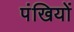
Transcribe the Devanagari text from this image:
पंखियों